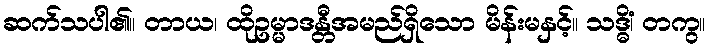
ဆက်သပါ၏။ တာယ၊ ထိုဥမ္မာဒန္တီအမည်ရှိသော မိန်းမနှင့်။ သဒ္ဓိံ၊ တကွ။